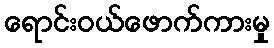
ရောင်းဝယ်ဖောက်ကားမှု